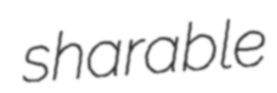
sharable